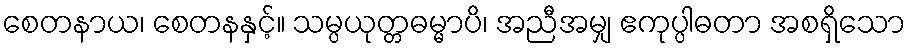
စေတနာယ၊ စေတနနှင့်။ သမ္ပယုတ္တဓမ္မာပိ၊ အညီအမျှ ဧကုပ္ပါဓတာ အစရှိသော